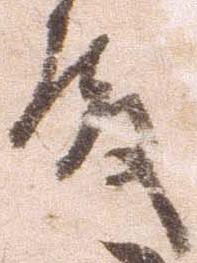
殿